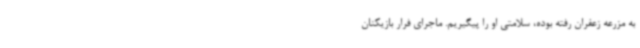
به مزرعه زعفران رفته بوده، سلامتی او را پیگیریم. ماجرای فرار بازیکنان